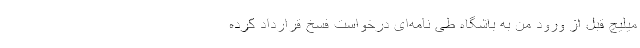
میلیچ قبل از ورود من به باشگاه طی نامه‌ای درخواست فسخ قرارداد کرده